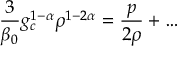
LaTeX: \frac { 3 } { \beta _ { 0 } } g _ { c } ^ { 1 - \alpha } \rho ^ { 1 - 2 \alpha } = \frac { p } { 2 \rho } + \ldots \,